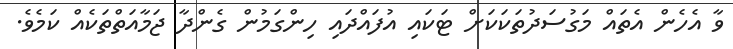
ވާ އެހެން އެތައް މަގުސަދުތަކަކަށް ޓަކައި އުފައްދައި ހިންގަމުން ގެންދާ ޖަމާއަތްތަކެއް ކަމެވެ.